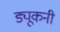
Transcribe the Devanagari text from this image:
ड्यूकनी